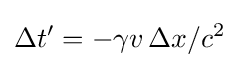
\Delta t'=-\gamma {v\,\Delta x}/{c^{2}}